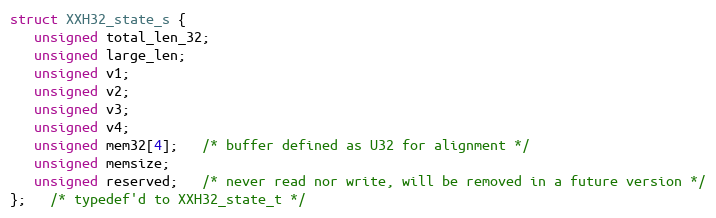
Language: C
struct XXH32_state_s {
   unsigned total_len_32;
   unsigned large_len;
   unsigned v1;
   unsigned v2;
   unsigned v3;
   unsigned v4;
   unsigned mem32[4];   /* buffer defined as U32 for alignment */
   unsigned memsize;
   unsigned reserved;   /* never read nor write, will be removed in a future version */
};   /* typedef'd to XXH32_state_t */